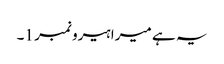
یہ ہے میرا ہیرو نمبر 1۔